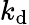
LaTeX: k_{\mathrm{d}}